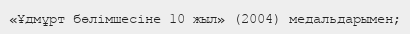
«Ұдмұрт бөлімшесіне 10 жыл» (2004) медальдарымен;